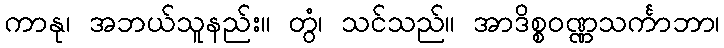
ကာနု၊ အဘယ်သူနည်း။ တွံ၊ သင်သည်။ အာဒိစ္စဝဏ္ဏသင်္ကာဘာ၊